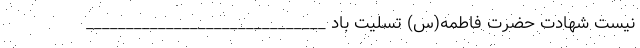
نیست شهادت حضرت فاطمه(س) تسلیت باد ______________________________